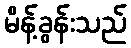
မိန့်ခွန်းသည်